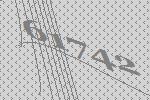
61742